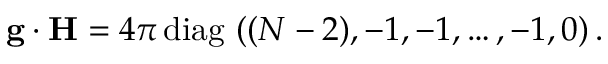
{ \bf g } \cdot { \bf H } = { 4 \pi } \, \mathrm { d i a g } \, \, ( ( N - 2 ) , - 1 , - 1 , \dots , - 1 , 0 ) \, .